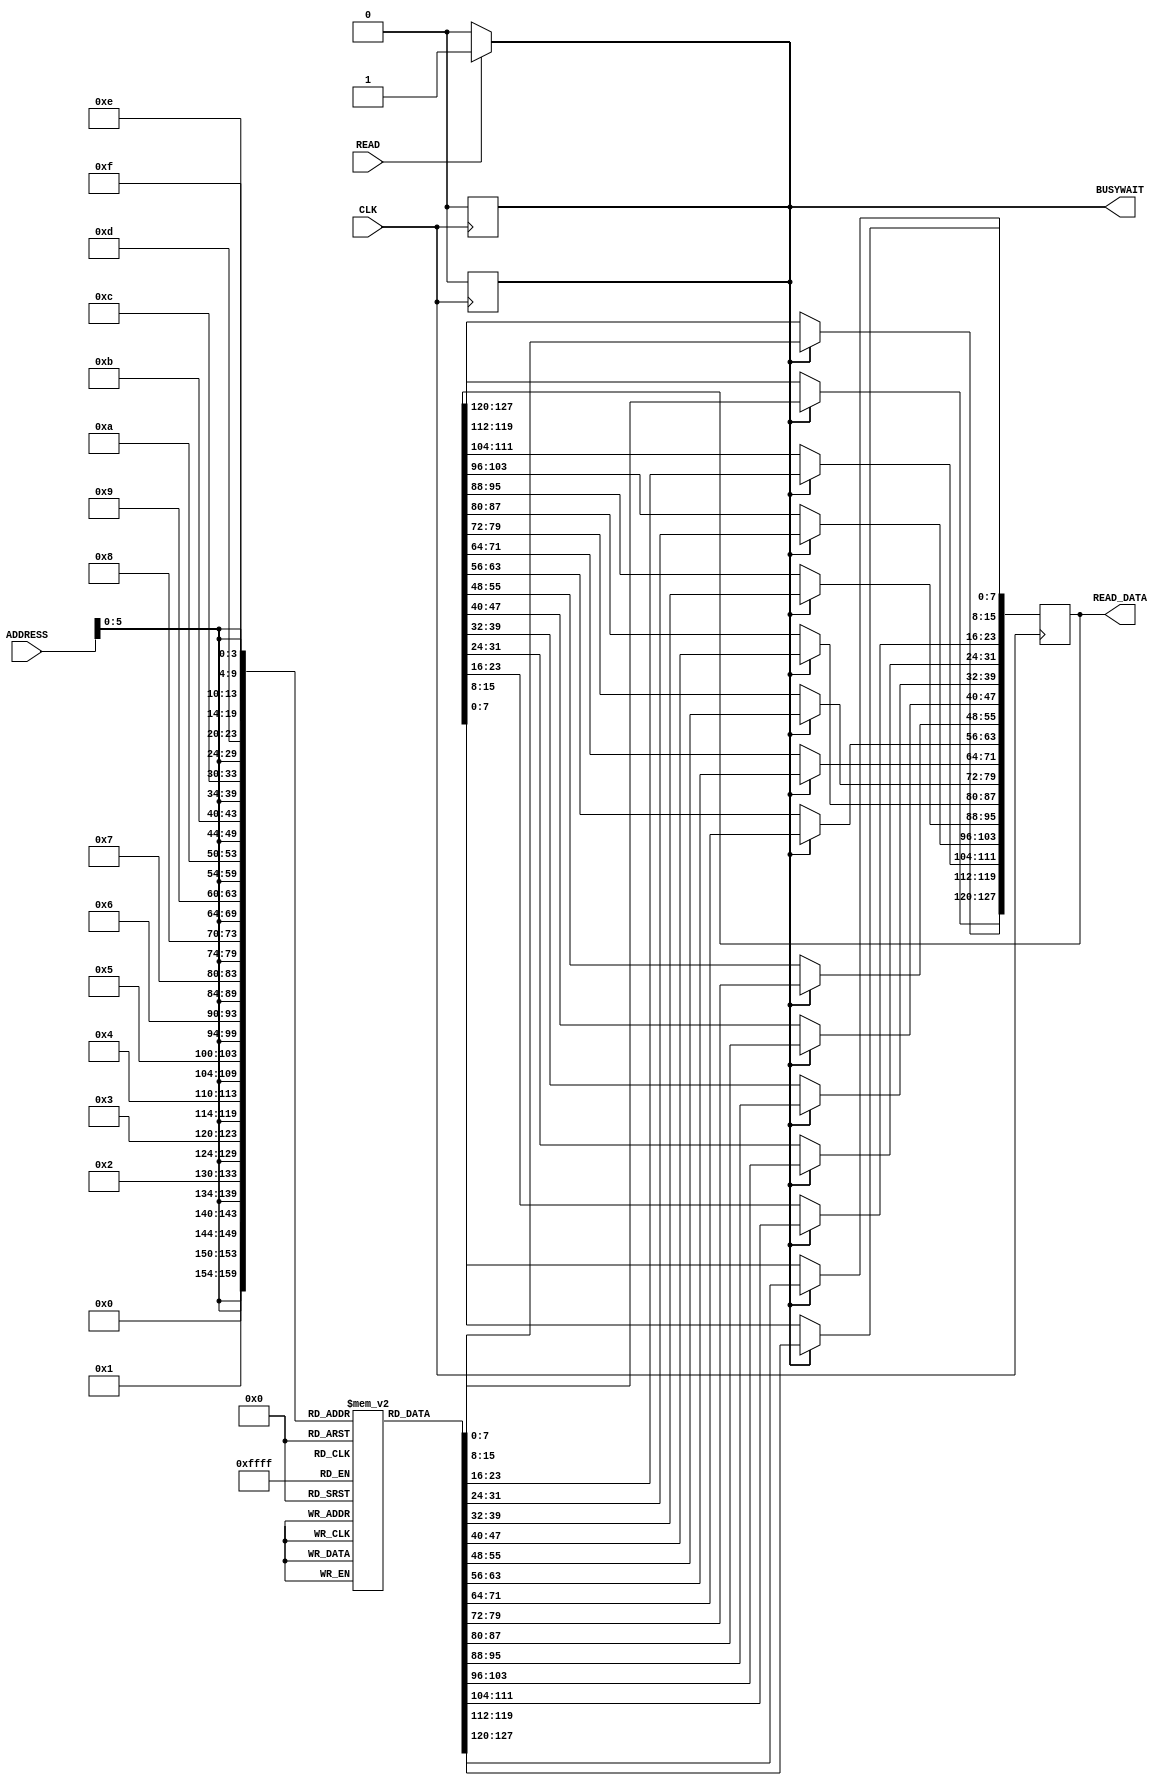
/*______________________________________________________________________________
  |                                                                              |
  |  File Name         -instruction_memory.v                                        |
  |  Created By        -Tharindu Rathnayaka (E/17/286) /Dhushintha R (E/17/064)  |
  |  Project/ Course   -CO502                                                    |
  |  Institute         -University of peradeniya                                 |
  |  Date              -05.04.2023                                               |
  |  Discription       -Instruction memory for RV32IM                                                         |
  |______________________________________________________________________________|
  
  */


module instruction_memory(CLK, READ, ADDRESS, READ_DATA, BUSYWAIT);

`define MEM_READ_DELAY #40

input                CLK;
input                READ;
input[27:0]          ADDRESS;
output reg [127:0]   READ_DATA;
output reg           BUSYWAIT;

reg READ_ACCESS;

reg [7:0] MEMORY [0:1023];


//Detecting an incoming memory access
always @(READ)
begin
    BUSYWAIT = (READ)? 1 : 0;
    READ_ACCESS = (READ)? 1 : 0;
end

//Reading
always @(posedge CLK)
begin
    if(READ_ACCESS)
    begin
        READ_DATA[7:0]     = `MEM_READ_DELAY MEMORY[{ADDRESS,4'b0000}];
        READ_DATA[15:8]    = `MEM_READ_DELAY MEMORY[{ADDRESS,4'b0001}];
        READ_DATA[23:16]   = `MEM_READ_DELAY MEMORY[{ADDRESS,4'b0010}];
        READ_DATA[31:24]   = `MEM_READ_DELAY MEMORY[{ADDRESS,4'b0011}];
        READ_DATA[39:32]   = `MEM_READ_DELAY MEMORY[{ADDRESS,4'b0100}];
        READ_DATA[47:40]   = `MEM_READ_DELAY MEMORY[{ADDRESS,4'b0101}];
        READ_DATA[55:48]   = `MEM_READ_DELAY MEMORY[{ADDRESS,4'b0110}];
        READ_DATA[63:56]   = `MEM_READ_DELAY MEMORY[{ADDRESS,4'b0111}];
        READ_DATA[71:64]   = `MEM_READ_DELAY MEMORY[{ADDRESS,4'b1000}];
        READ_DATA[79:72]   = `MEM_READ_DELAY MEMORY[{ADDRESS,4'b1001}];
        READ_DATA[87:80]   = `MEM_READ_DELAY MEMORY[{ADDRESS,4'b1010}];
        READ_DATA[95:88]   = `MEM_READ_DELAY MEMORY[{ADDRESS,4'b1011}];
        READ_DATA[103:96]  = `MEM_READ_DELAY MEMORY[{ADDRESS,4'b1100}];
        READ_DATA[111:104] = `MEM_READ_DELAY MEMORY[{ADDRESS,4'b1101}];
        READ_DATA[119:112] = `MEM_READ_DELAY MEMORY[{ADDRESS,4'b1110}];
        READ_DATA[127:120] = `MEM_READ_DELAY MEMORY[{ADDRESS,4'b1111}];
        BUSYWAIT = 0;
        READ_ACCESS = 0;
    end
end
 
endmodule